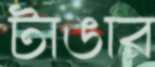
টাঙার